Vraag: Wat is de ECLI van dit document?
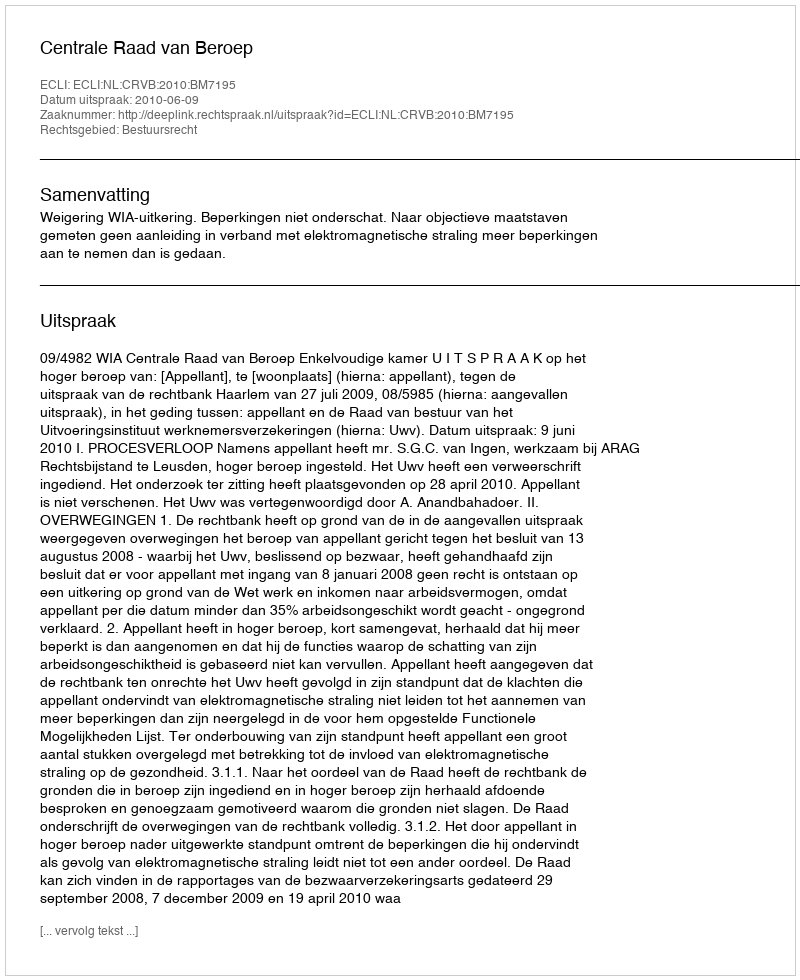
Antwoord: ECLI:NL:CRVB:2010:BM7195